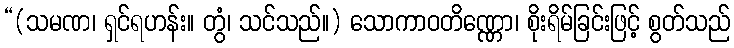
“(သမဏ၊ ရှင်ရဟန်း။ တွံ၊ သင်သည်။) သောကာဝတိဏ္ဏော၊ စိုးရိမ်ခြင်းဖြင့် စွတ်သည်